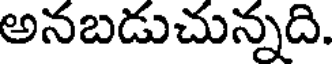
అనబడుచున్నది.